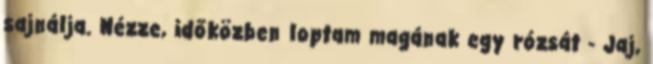
sajnálja. Nézze, időközben loptam magának egy rózsát - Jaj,